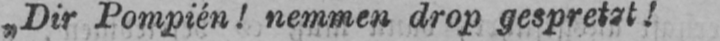
„Dir Pompién! nemmen drop gespreizt!